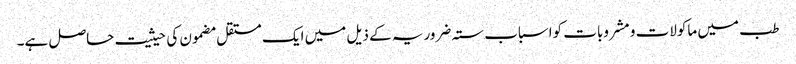
طب میں ماکولات و مشروبات کواسباب ستہ ضروریہ کے ذیل میں ایک مستقل مضمون کی حیثیت حاصل ہے۔